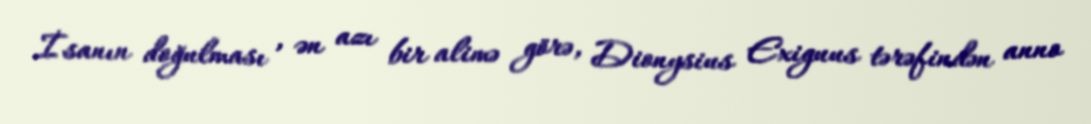
İsanın doğulması , ən azı bir alimə görə, Dionysius Exiguus tərəfindən anno